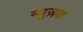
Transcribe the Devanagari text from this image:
म्यूज़क